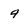
Character: 9